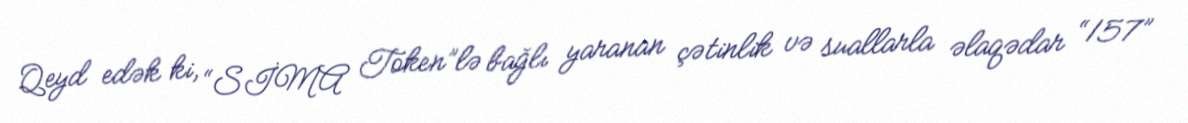
Qeyd edək ki, “SİMA Token”lə bağlı yaranan çətinlik və suallarla əlaqədar “157”